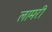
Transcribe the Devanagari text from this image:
लामरी